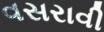
વસરાવી